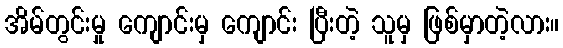
အိမ်တွင်းမှု ကျောင်းမှ ကျောင်း ပြီးတဲ့ သူမှ ဖြစ်မှာတဲ့လား။